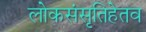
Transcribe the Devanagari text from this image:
लोकसंसृतिहेतव